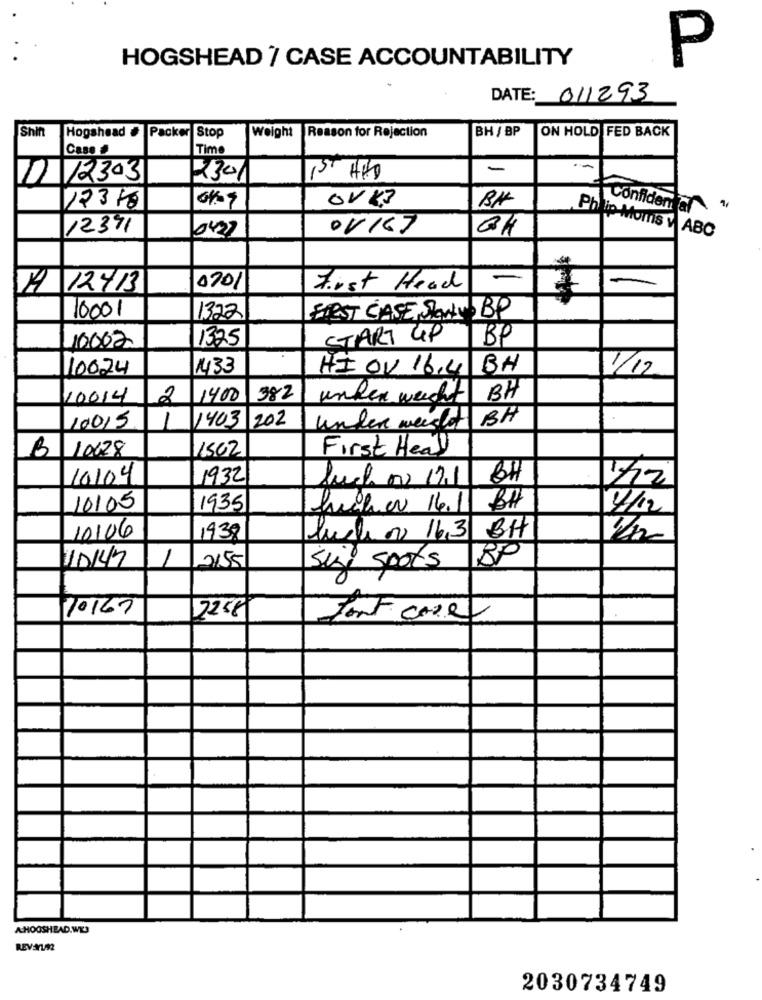
HOGSHEAD 7 CASE ACCOUNTABILITY
P
DATE: 011293
Shin
Hogshead #
BH / BP
Packer Stop
Weight
Reason for Rejection
ON HOLD FED BACK
Case #
Time
st
-
10 12303
2301
12310
Confidential\ "
12391
0427
OVI67
GH
Phip Moms W ABC
-
1A 12/13
0701
First Head
10001
1322
FIRST CASE STOWN BP
1325
START UP
BP
10002
10024
1433
HI OV 16,4 BH
1/12
10014
2
1400
382
unken weicht
BH
1403 /202
BH
10015
1
under weight
B 10628
11562
First Heal
10104
1932
Such ou 171
6H
10/05
1935
früher 16.1
4/12
10106
1938
lucho 16.3
BH
10147
1
BP
2155
size spots
20167
7258
fort core
AHOOSHEAD.WE3
REVAUM2
2030734749